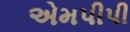
એમપીપી